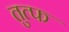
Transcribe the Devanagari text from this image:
तुत्फ